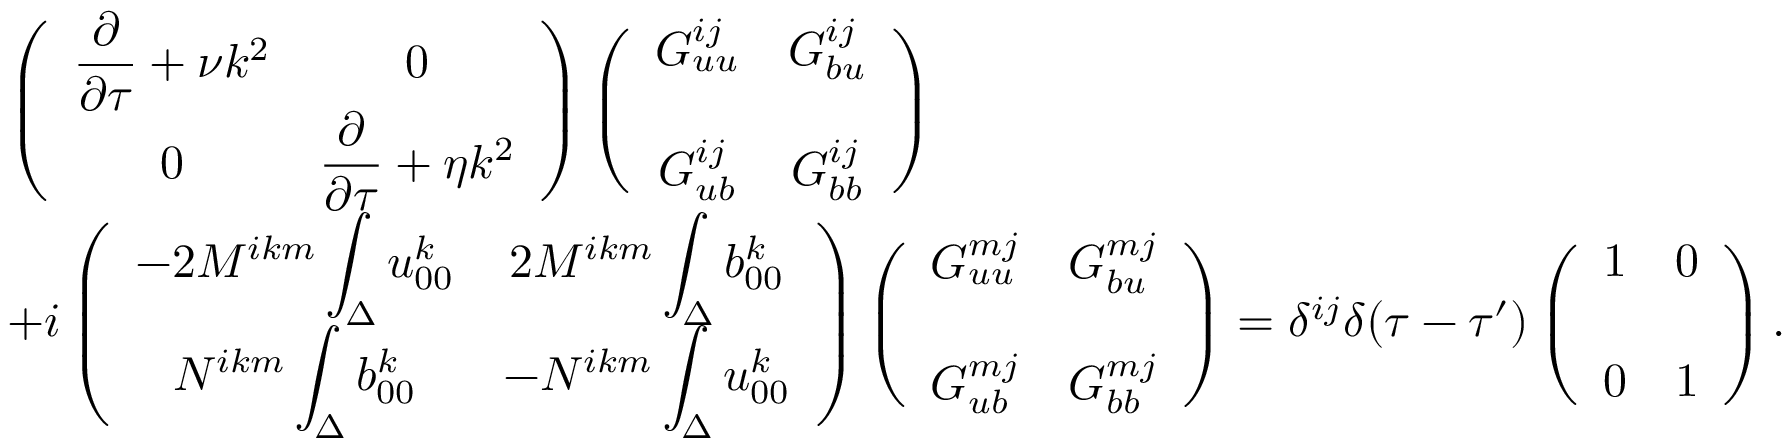
\begin{array} { r l } & { { \everymath { \displaystyle } \left( { \begin{array} { c c } { \frac { \partial } { \partial \tau } + \nu k ^ { 2 } } & { 0 } \\ { 0 } & { \frac { \partial } { \partial \tau } + \eta k ^ { 2 } } \end{array} } \right) } \left( { \begin{array} { c c } { G _ { u u } ^ { i j } } & { G _ { b u } ^ { i j } } \\ { G _ { u b } ^ { i j } } & { G _ { b b } ^ { i j } \rule { 0 ex } { 5 ex } } \end{array} } \right) } \\ & { { \everymath { \displaystyle } + i \left( { \begin{array} { c c } { - 2 M ^ { i k m } \int _ { \Delta } u _ { 0 0 } ^ { k } } & { 2 M ^ { i k m } \int _ { \Delta } b _ { 0 0 } ^ { k } } \\ { N ^ { i k m } \int _ { \Delta } b _ { 0 0 } ^ { k } } & { - N ^ { i k m } \int _ { \Delta } u _ { 0 0 } ^ { k } } \end{array} } \right) \left( { \begin{array} { c c } { G _ { u u } ^ { m j } } & { G _ { b u } ^ { m j } } \\ { G _ { u b } ^ { m j } } & { G _ { b b } ^ { m j } \rule { 0 ex } { 5 ex } } \end{array} } \right) } = \delta ^ { i j } \delta ( \tau - \tau ^ { \prime } ) \left( { \begin{array} { c c } { 1 } & { 0 } \\ { 0 } & { 1 \rule { 0 ex } { 5 ex } } \end{array} } \right) . } \end{array}